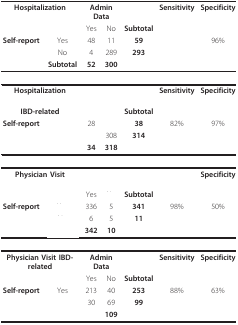
<table><thead><tr><td colspan="2"><b>Hospitalization</b></td><td colspan="2"><b>Admin Data</b></td><td>[EMPTY_CELL]</td><td><b>Sensitivity</b></td><td><b>Specificity</b></td></tr><tr><td>[EMPTY_CELL]</td><td>[EMPTY_CELL]</td><td><b>Yes</b></td><td><b>No</b></td><td><b>Subtotal</b></td><td>[EMPTY_CELL]</td><td>[EMPTY_CELL]</td></tr><tr><td><b>Self-report</b></td><td><b>Yes</b></td><td><b>48</b></td><td><b>11</b></td><td><b>59</b></td><td>[EMPTY_CELL]</td><td><b>96%</b></td></tr><tr><td>[EMPTY_CELL]</td><td><b>No</b></td><td><b>4</b></td><td><b>289</b></td><td><b>293</b></td><td>[EMPTY_CELL]</td><td>[EMPTY_CELL]</td></tr><tr><td>[EMPTY_CELL]</td><td><b>Subtotal</b></td><td><b>52</b></td><td><b>300</b></td><td>[EMPTY_CELL]</td><td>[EMPTY_CELL]</td><td>[EMPTY_CELL]</td></tr></thead><tbody><tr><td colspan="2"><b>Hospitalization</b></td><td colspan="2">[EMPTY_CELL]</td><td>[EMPTY_CELL]</td><td><b>Sensitivity</b></td><td><b>Specificity</b></td></tr><tr><td colspan="2"><b>IBD-related</b></td><td>[EMPTY_CELL]</td><td>[EMPTY_CELL]</td><td><b>Subtotal</b></td><td>[EMPTY_CELL]</td><td>[EMPTY_CELL]</td></tr><tr><td><b>Self-report</b></td><td>[EMPTY_CELL]</td><td>28</td><td>[EMPTY_CELL]</td><td><b>38</b></td><td>82%</td><td>97%</td></tr><tr><td>[EMPTY_CELL]</td><td>[EMPTY_CELL]</td><td>[EMPTY_CELL]</td><td>308</td><td><b>314</b></td><td>[EMPTY_CELL]</td><td>[EMPTY_CELL]</td></tr><tr><td>[EMPTY_CELL]</td><td>[EMPTY_CELL]</td><td><b>34</b></td><td><b>318</b></td><td>[EMPTY_CELL]</td><td>[EMPTY_CELL]</td><td>[EMPTY_CELL]</td></tr><tr><td colspan="2"><b>Physician Visit</b></td><td colspan="2">[EMPTY_CELL]</td><td>[EMPTY_CELL]</td><td>[EMPTY_CELL]</td><td><b>Specificity</b></td></tr><tr><td>[EMPTY_CELL]</td><td>[EMPTY_CELL]</td><td>Yes</td><td>[EMPTY_CELL]</td><td><b>Subtotal</b></td><td>[EMPTY_CELL]</td><td>[EMPTY_CELL]</td></tr><tr><td><b>Self-report</b></td><td>[EMPTY_CELL]</td><td>336</td><td>5</td><td><b>341</b></td><td>98%</td><td>50%</td></tr><tr><td>[EMPTY_CELL]</td><td>[EMPTY_CELL]</td><td>6</td><td>5</td><td><b>11</b></td><td>[EMPTY_CELL]</td><td>[EMPTY_CELL]</td></tr><tr><td>[EMPTY_CELL]</td><td>[EMPTY_CELL]</td><td><b>342</b></td><td><b>10</b></td><td>[EMPTY_CELL]</td><td>[EMPTY_CELL]</td><td>[EMPTY_CELL]</td></tr><tr><td colspan="2"><b>Physician Visit IBD-related</b></td><td colspan="2"><b>Admin Data</b></td><td>[EMPTY_CELL]</td><td><b>Sensitivity</b></td><td><b>Specificity</b></td></tr><tr><td>[EMPTY_CELL]</td><td>[EMPTY_CELL]</td><td>Yes</td><td>No</td><td><b>Subtotal</b></td><td>[EMPTY_CELL]</td><td>[EMPTY_CELL]</td></tr><tr><td><b>Self-report</b></td><td>Yes</td><td>213</td><td>40</td><td><b>253</b></td><td>88%</td><td>63%</td></tr><tr><td>[EMPTY_CELL]</td><td>[EMPTY_CELL]</td><td>30</td><td>69</td><td><b>99</b></td><td>[EMPTY_CELL]</td><td>[EMPTY_CELL]</td></tr><tr><td>[EMPTY_CELL]</td><td>[EMPTY_CELL]</td><td>[EMPTY_CELL]</td><td><b>109</b></td><td>[EMPTY_CELL]</td><td>[EMPTY_CELL]</td><td>[EMPTY_CELL]</td></tr></tbody></table>